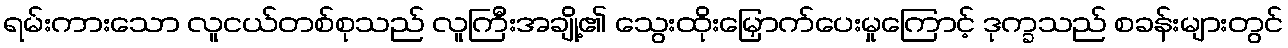
ရမ်းကားသော လူငယ်တစ်စုသည် လူကြီးအချို့၏ သွေးထိုးမြှောက်ပေးမှုကြောင့် ဒုက္ခသည် စခန်းများတွင်